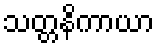
သတ္တနိကာယာ